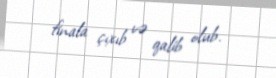
finala çıxıb və qalib olub.